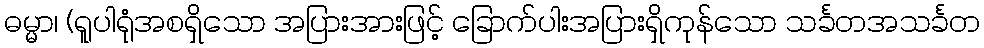
ဓမ္မာ၊ (ရူပါရုံအစရှိသော အပြားအားဖြင့် ခြောက်ပါးအပြားရှိကုန်သော သင်္ခတအသင်္ခတ